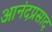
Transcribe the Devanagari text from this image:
आनंदप्रसाद